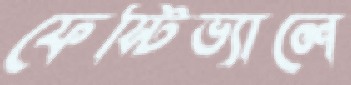
ফেস্টিভ্যালে